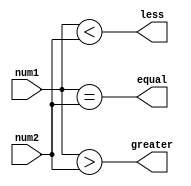
module signed_comparator (
    input signed [31:0] num1,
    input signed [31:0] num2,
    output greater,
    output less,
    output equal );

    assign greater = (num1 > num2);
    assign less = (num1 < num2);
    assign equal = (num1 == num2);

endmodule